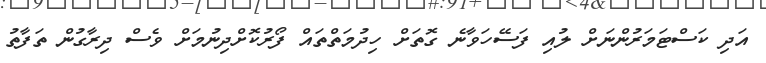
އަދި ކަސްޓަމަރުންނަށް ލުއި ފަސޭހަވާނެ ގޮތަށް ހިދުމަތްތައް ފޯރުކޮށްދިނުމަށް ވެސް ދިރާގުން ތަފާތު